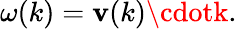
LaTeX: \omega(k)=\mathbf{v}(k)\cdotk.